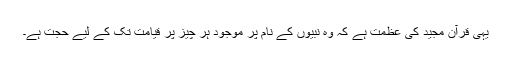
یہی قرآن مجید کی عظمت ہے کہ وہ نبیوں کے نام پر موجود ہر چیز پر قیامت تک کے لیے حجت ہے۔